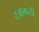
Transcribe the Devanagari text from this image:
रज़ामन्दी